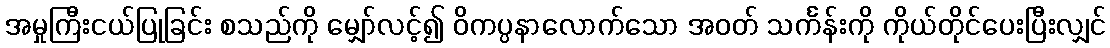
အမှုကြီးငယ်ပြုခြင်း စသည်ကို မျှော်လင့်၍ ဝိကပ္ပနာလောက်သော အဝတ် သင်္ကန်းကို ကိုယ်တိုင်ပေးပြီးလျှင်